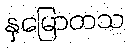
နှမြောတသ